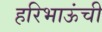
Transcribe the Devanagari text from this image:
हरिभाऊंची